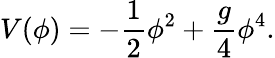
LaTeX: V(\phi)=-\frac 12\phi^{2}+\frac{g}{4}\phi^{4}.